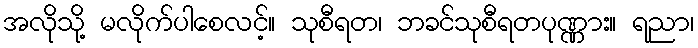
အလိုသို့ မလိုက်ပါစေလင့်။ သုစီရတ၊ ဘခင်သုစီရတပုဏ္ဏား။ ရညာ၊